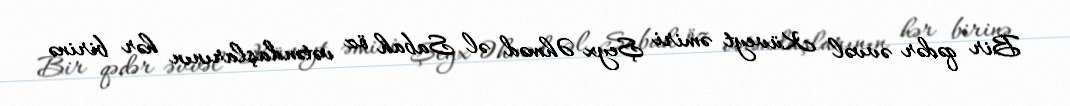
Bir qədər əvvəl Küveyt əmiri Şeyx Əhməd əl Sabah öz vətəndaşlarının hər birinə